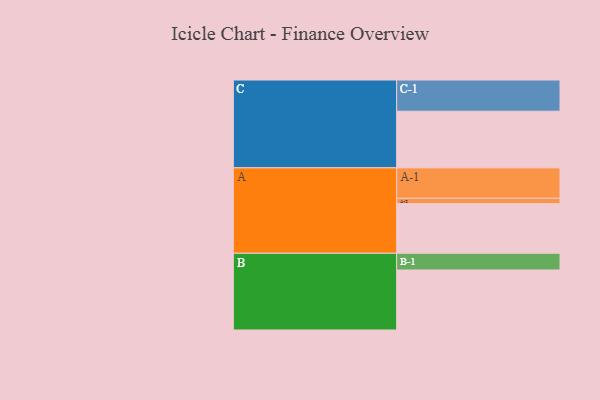
{"axis": {"x": "Segment", "y": "Value"}, "legend": ["", "A", "B", "C"], "data": [{"x": "A", "y": 469, "type": ""}, {"x": "B", "y": 567, "type": ""}, {"x": "C", "y": 535, "type": ""}, {"x": "A-1", "y": 288, "type": "A"}, {"x": "A-2", "y": 50, "type": "A"}, {"x": "B-1", "y": 158, "type": "B"}, {"x": "C-1", "y": 295, "type": "C"}]}